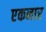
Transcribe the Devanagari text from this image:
एकनार